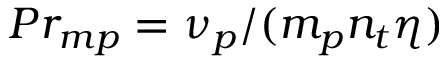
P r _ { m p } = \nu _ { p } / ( m _ { p } n _ { t } \eta )